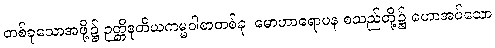
တစ်ခုသောအဖို့၌ ဉတ္တိဒုတိယကမ္မဝါစာတစ်ခု၊ မောဟာရောပန စသည်တို့၌ ဟောအပ်သော